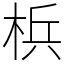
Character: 梹